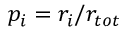
p _ { i } = r _ { i } / r _ { t o t }